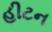
હીટન